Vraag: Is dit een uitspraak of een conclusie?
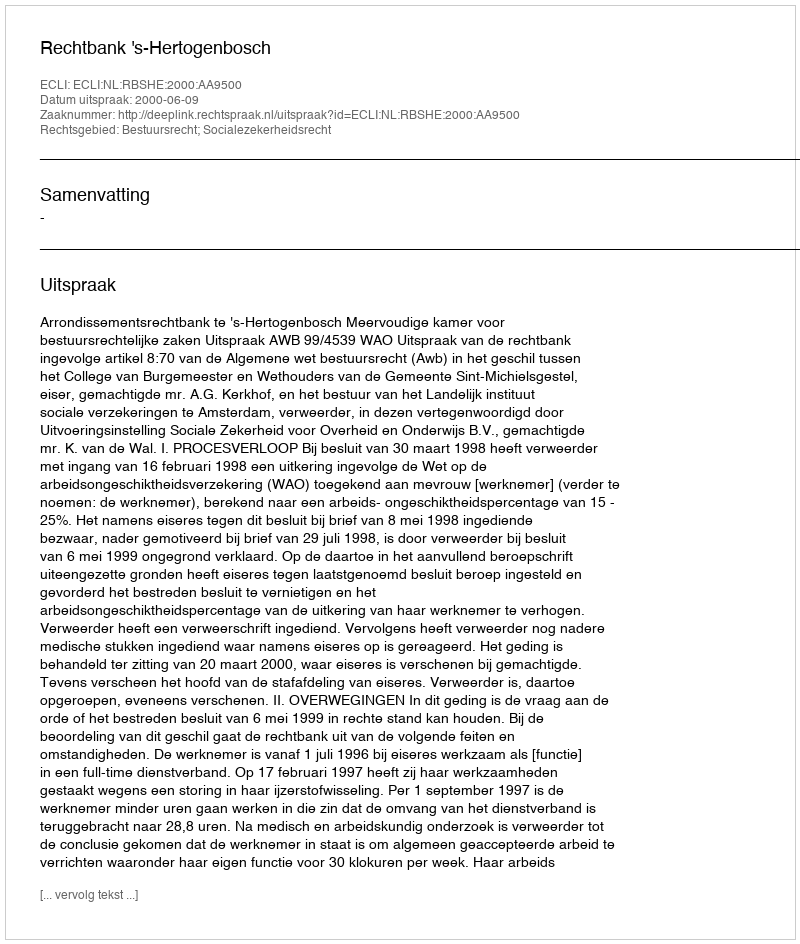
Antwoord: Uitspraak